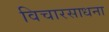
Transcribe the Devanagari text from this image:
विचारसाधना